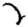
Digit: 2